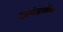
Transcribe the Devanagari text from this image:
खमंडलीय